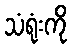
သံရုံးကို